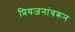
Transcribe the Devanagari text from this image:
प्रियजनांवरून